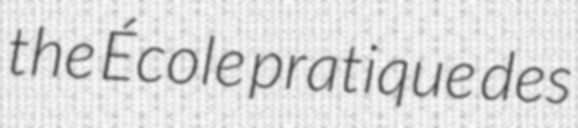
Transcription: the École pratique des